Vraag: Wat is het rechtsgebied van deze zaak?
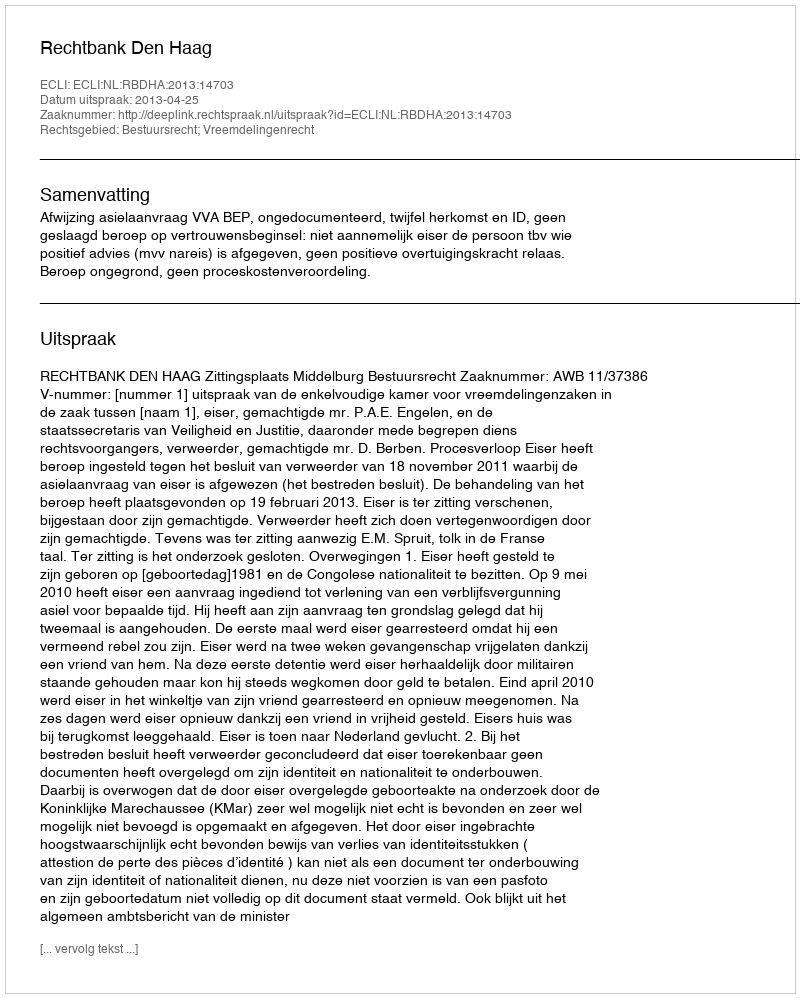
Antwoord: Bestuursrecht; Vreemdelingenrecht